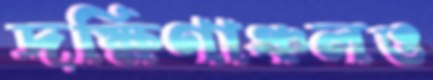
দক্ষিণাঞ্চলও